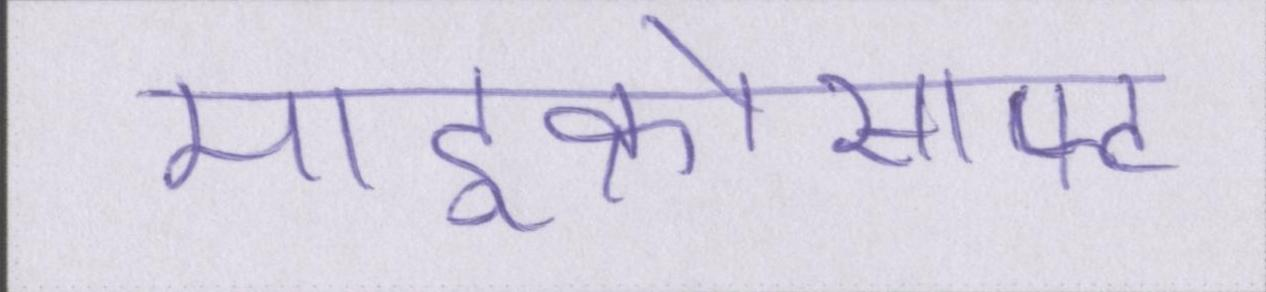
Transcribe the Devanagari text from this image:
माइक्रोसाफ्ट